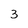
Character: 3